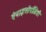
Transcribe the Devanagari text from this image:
ऐनाइसोपॉडिडी